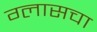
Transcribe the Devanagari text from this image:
ग्लासचा